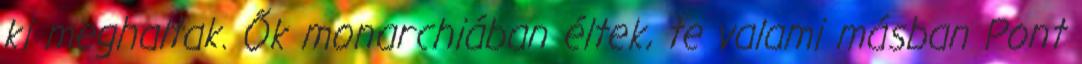
ki meghaltak. Ők monarchiában éltek, te valami másban Pont